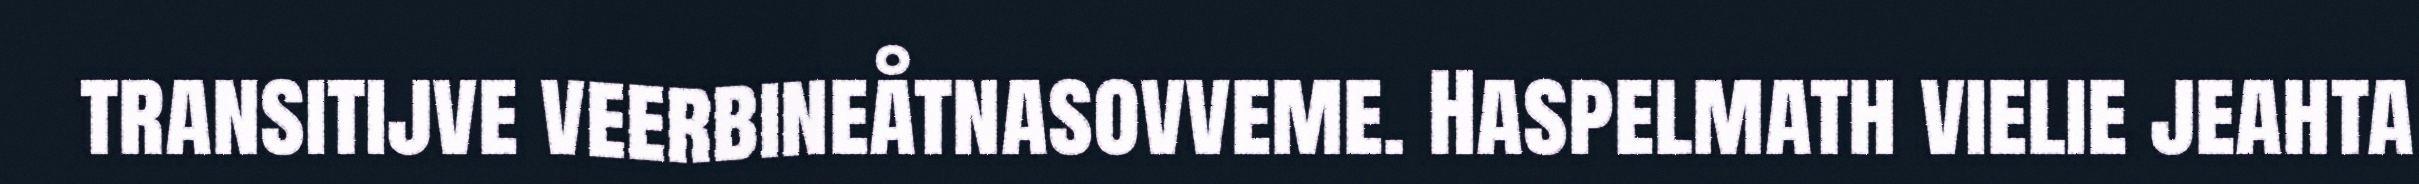
transitijve veerbineåtnasovveme. Haspelmath vielie jeahta